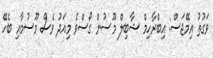
ވަގުތު އިމޭޖަސް: އިބްރާހިމް ޝާބިލް މޫސުން ގޯސްވެ މިއަދު ވެސް މޫސުމާއި ބެހޭ